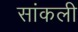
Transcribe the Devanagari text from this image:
सांकली